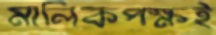
মালিকপক্ষই